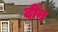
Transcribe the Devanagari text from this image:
दींन